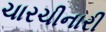
ચારચીનારી